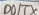
Text: D0/TX